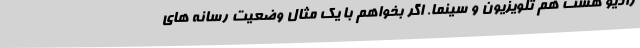
رادیو هست هم تلویزیون و سینما. اگر بخواهم با یک مثال وضعیت رسانه های